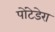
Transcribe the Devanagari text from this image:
पोंटेडेरा